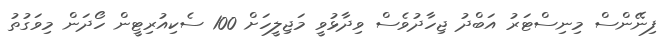
ފިނޭންސް މިނިސްޓަރު އަބްދު ޖިހާދުވެސް ވިދާޅުވީ މަޖިލީހަށް 100 ސެކިއުރިޓީން ހޯދަން މިވަގުތު